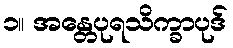
၁။ အန္တေပုရသိက္ခာပုဒ်